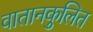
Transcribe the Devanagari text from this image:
वातानकुलित